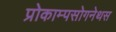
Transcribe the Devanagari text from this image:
प्रोकाम्‍पसोगनेथस